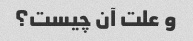
و علت آن چیست؟